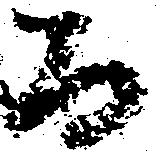
而